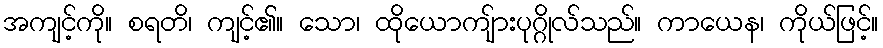
အကျင့်ကို။ စရတိ၊ ကျင့်၏။ သော၊ ထိုယောကျ်ားပုဂ္ဂိုလ်သည်။ ကာယေန၊ ကိုယ်ဖြင့်။